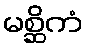
မစ္ဆိကံ